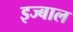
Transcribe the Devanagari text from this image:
इज्बाल